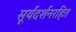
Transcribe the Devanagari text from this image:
सूर्यदर्शनरहित